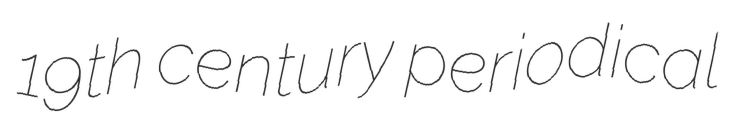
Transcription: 19th century periodical